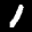
Label: 1